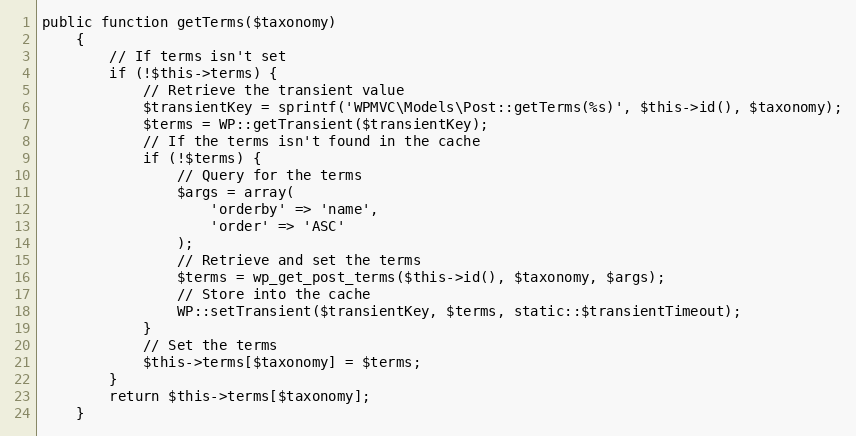
Language: PHP
public function getTerms($taxonomy)
    {
        // If terms isn't set
        if (!$this->terms) {
            // Retrieve the transient value
            $transientKey = sprintf('WPMVC\Models\Post::getTerms(%s)', $this->id(), $taxonomy);
            $terms = WP::getTransient($transientKey);
            // If the terms isn't found in the cache
            if (!$terms) {
                // Query for the terms
                $args = array(
                    'orderby' => 'name',
                    'order' => 'ASC'
                );
                // Retrieve and set the terms
                $terms = wp_get_post_terms($this->id(), $taxonomy, $args);
                // Store into the cache
                WP::setTransient($transientKey, $terms, static::$transientTimeout);
            }
            // Set the terms
            $this->terms[$taxonomy] = $terms;
        }
        return $this->terms[$taxonomy];
    }